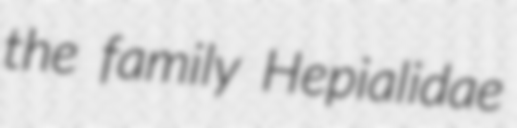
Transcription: the family Hepialidae